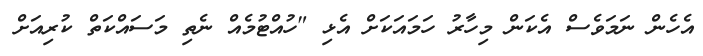
އެހެން ނަމަވެސް އެކަން މިހާރު ހަމައަކަށް އެޅި "ހުއްޓުމެއް ނެތި މަސައްކަތް ކުރިއަށް